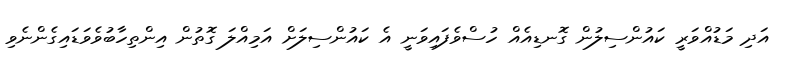
އަދި މަޑުއްވަރީ ކައުންސިލުން ގޮނޑިއެއް ހުސްވެފައިވަނީ އެ ކައުންސިލަށް އަމިއްލަ ގޮތުން އިންތިހާބުވެވަޑައިގެންނެވި